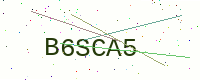
Text: B6SCA5